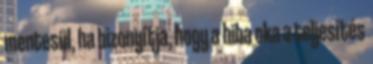
mentesül, ha bizonyítja, hogy a hiba oka a teljesítés